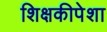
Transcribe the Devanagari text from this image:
शिक्षकीपेशा